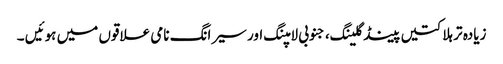
زیادہ تر ہلاکتیں پینڈگلینگ، جنوبی لامپنگ اور سیرانگ نامی علاقوں میں ہوئیں ۔